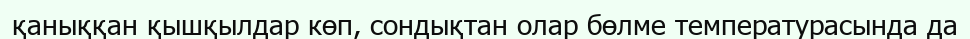
қаныққан қышқылдар көп, сондықтан олар бөлме температурасында да